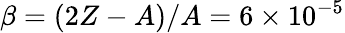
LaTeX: \beta=(2Z-A)/A=6\times 10^{-5}